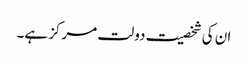
ان کی شخصیت دولت مرکز ہے۔